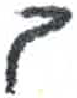
אות: ב